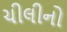
ચીલીનો